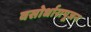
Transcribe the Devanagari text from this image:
वसोर्धारापूजन